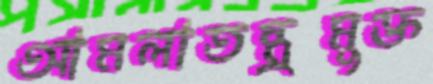
আমলাতন্ত্রমুক্ত